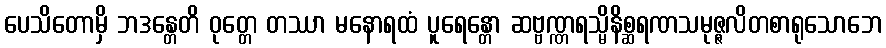
ပေသိတောမှိ ဘဒန္တေတိ ဝုတ္တေ တဿာ မနောရထံ ပူရေန္တော ဆဗ္ဗဏ္ဏရသ္မိနိစ္ဆရဏသမုဇ္ဇလိတစာရုသောဘေ